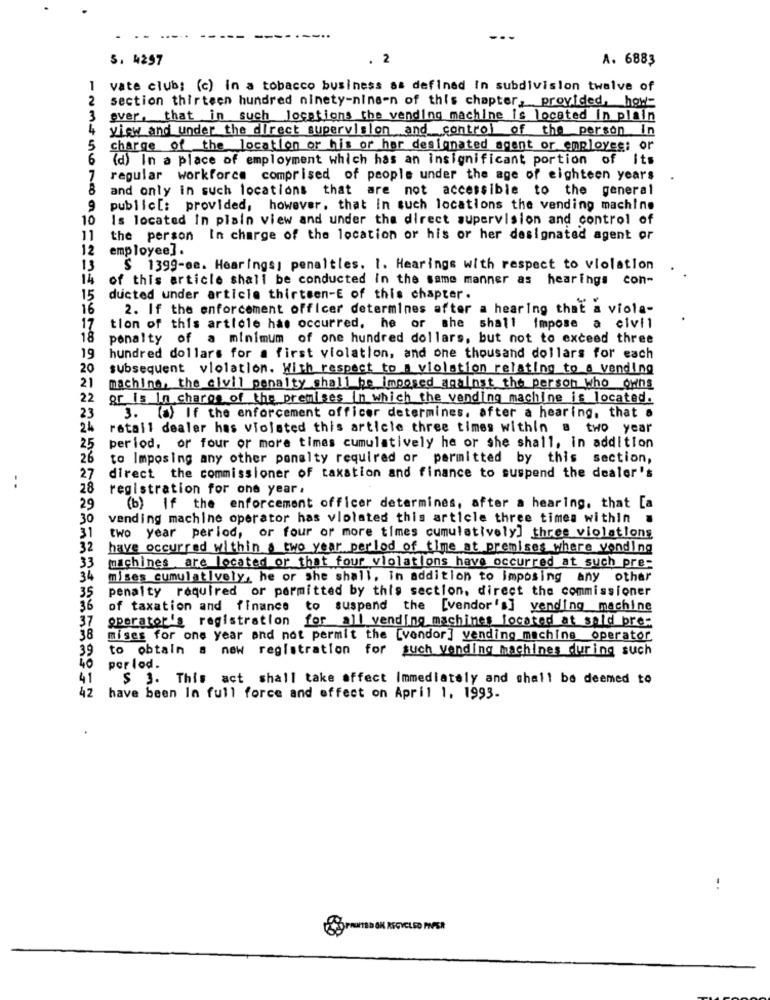
5. 4257
2
A. 6883
1
vate club; (c) in a tobacco business as defined In subdivision twelve of
2
section thirteen hundred ninety-ninen of this chapter, provided, how-
3
over. that in such locations the vending machine is located in plain
4
view and under the direct supervision and control of the person In
5
charge of the location or his or her designated agent or employee: or
6
(d) In a place of employment which has an insignificant portion of Its
7
regular workforce comprised of people under the age of eighteen years
.
8
and only in such locations that are not accessible to the general
9
public[: provided, however, that in such locations the vending machine
10
Is located In plain view and under the direct supervision and control of
11
the person In charge of the location or his or her designated agent or
12
employee] .
13
$ 1399-ee. Hearings; penalties. I. Hearings with respect to violation
14
of this article shall be conducted in the same manner as hearings con-
15
ducted under article thirteen-E of this chapter.
16
2. If the enforcement officer determines after a hearing that a viola-
17
tion of this article has occurred. he or she shall impose a civil
18
penalty of a minimum of one hundred dollars, but not to exceed three
19
hundred dollars for a first violation, and one thousand dollars for each
20
subsequent violation. With respect to a violation relating to a vending
21
machine, the civil penalty shall be imposed against the person who owns
22
or is in charge of the premises in which the vending machine is located.
23
3. (a) If the enforcement officer determines, after a hearing, that a
24
retail dealer has violated this article three times within a two year
25
period, or four or more times cumulatively he or she shall, in addition
26
to Imposing any other penalty required or permitted by this section,
27
direct the commissioner of taxation and finance to suspend the dealer's
:
28
registration for one year.
29
(b) If the enforcement officer determines, after a hearing. that [a
30
vending machine operator has violated this article three times within .
31
two year period, or four or more times cumulatively] three violations
32
have occurred within a two year perlod of time at premises where vending
33
machines are located or that four violations have occurred at such pre-
34
mises cumulatively, he or she shall, in addition to imposing any other
35
penalty required or permitted by this section, direct the commissioner
36
of taxation and finance to suspend the [vendor's] vending machine
37
operator's registration for all vending machines located at sold pre=
38
mises for one year and not permit the [vendor] vending machine operator
39
to obtain a new registration for such vending machines during such
40
per lod.
41
$ 3. This act shall take affect Immediately and shall be deemed to
42
have been In full force and effect on April 1, 1993.
.